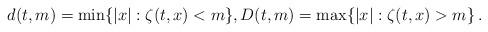
LaTeX: \begin{align*}d(t,m) = \min\{|x|: \zeta(t,x) < m\}, D(t,m) =\max\{|x|: \zeta(t,x) > m\}\, .\end{align*}